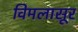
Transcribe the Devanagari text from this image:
विमलासूर